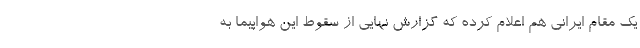
یک مقام ایرانی هم اعلام کرده که گزارش نهایی از سقوط این هواپیما به